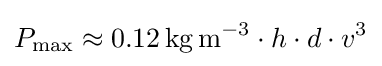
P_{\mathrm {max} }\approx 0.12\,\mathrm {kg\,m^{-3}} \cdot h\cdot d\cdot v^{3}